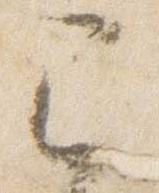
已